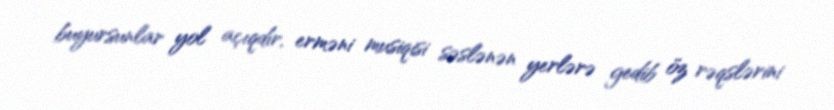
buyursunlar yol açıqdır, erməni musiqisi səslənən yerlərə gedib öz rəqslərini